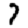
Digit: 7